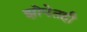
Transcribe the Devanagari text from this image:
झोपेतही